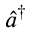
\hat { a } ^ { \dagger }